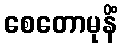
စေတောမုနိံ